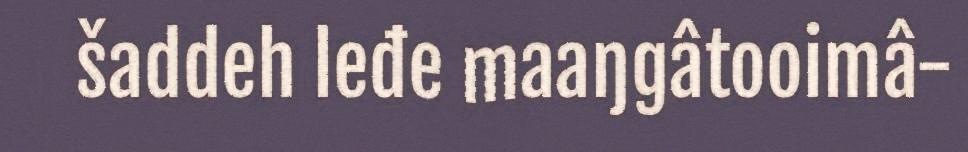
šaddeh leđe maaŋgâtooimâ-